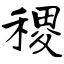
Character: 稷